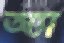
অ্যা